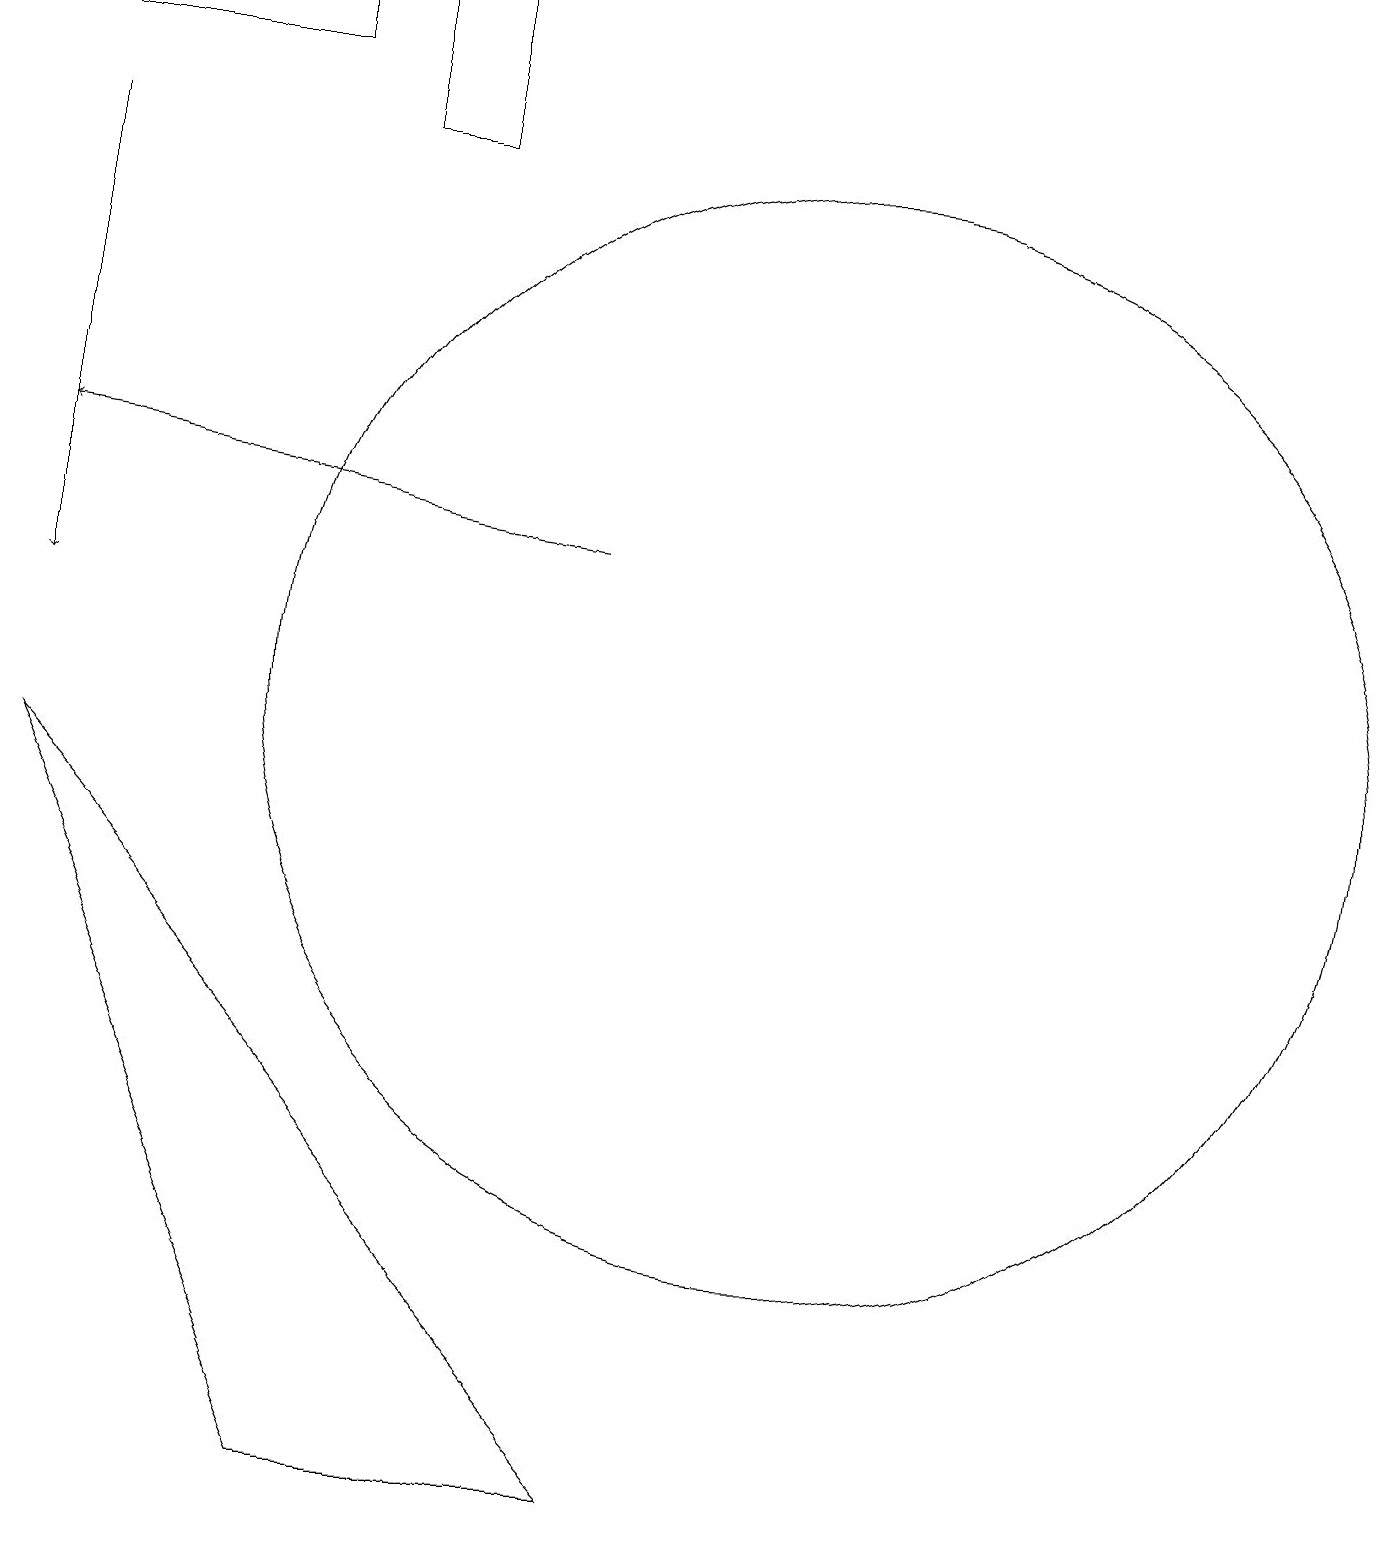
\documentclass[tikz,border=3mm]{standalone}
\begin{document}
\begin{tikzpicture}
\draw (1,9) -- (9,0) -- (5,0) -- cycle;
\draw[->] (8,12) -- (1,13);
\draw (4,19) rectangle (1,18);
\draw[->] (1,17) -- (1,11);
\draw (11,10) circle (7);
\draw (6,17) rectangle (5,19);
\draw[->] (1,19) -- (6,19);
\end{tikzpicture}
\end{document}